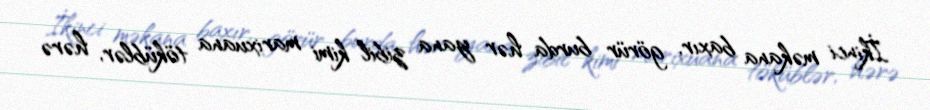
İkinci məkana baxır, görür burda hər yana zibil kimi marixuana töküblər, hərə